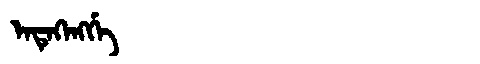
Manchu: ᡝᠨᡨᡝᡴᡝᠩᡤᡝ
Romanization: ENTEKENGGE